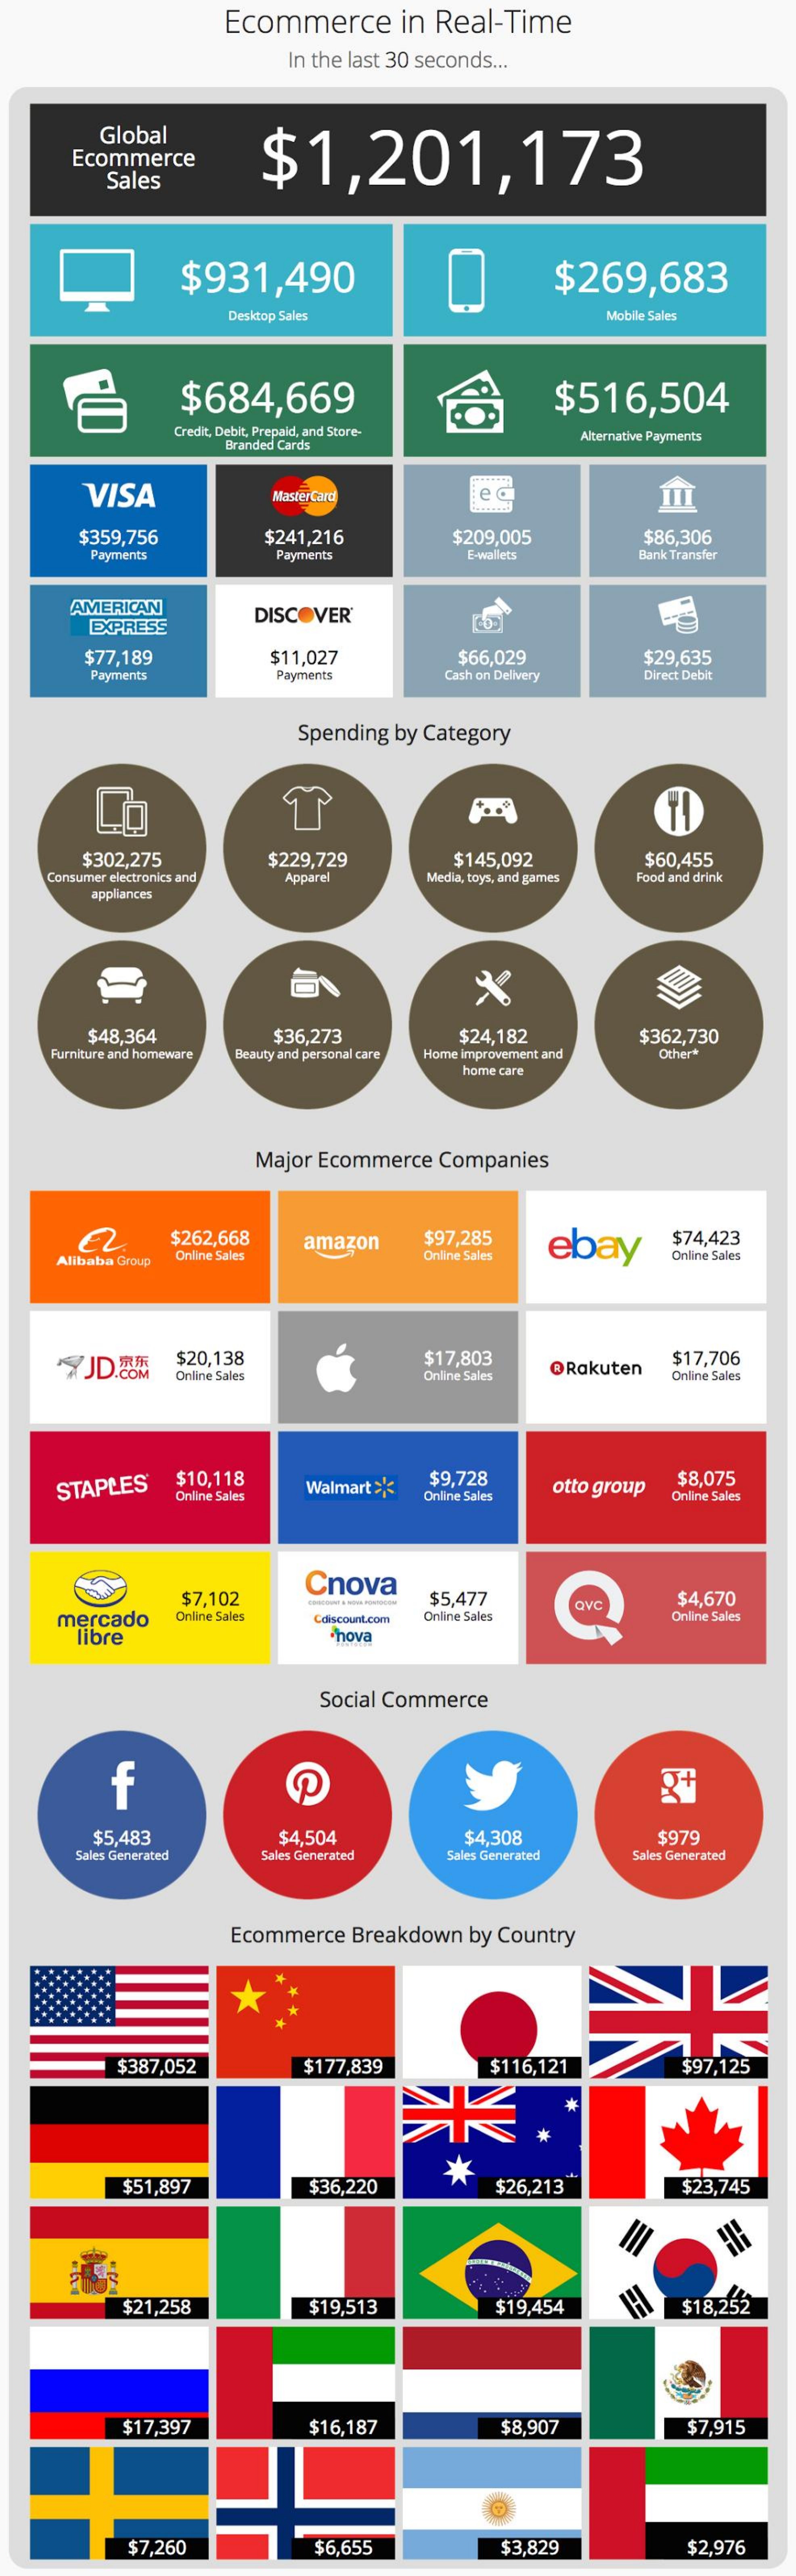
Ecommerce    in Real-Time
     In the last 30 seconds ...
     Global
     $1,201,173 Ecommerce
     Sales
     $931,490    $269,683
     Desktop Sales    Mobile Sales
     $684,669    $516,504
     Credit, Debit, Prepaid, and Store-
     Branded Cards
     Alternative Payments
     VISA    MasterCard    ec
     $359,756    $241,216    $209,005    $86,306
     Payments    Payments    E-wallets    Bank Transfer
     AMERICAN
     EXPRESS
     DISCOVER
     $77,189    $11,027    $66,029    $29,635
     Payments    Payments    Cash on Delivery    Direct Debit
     Spending by Category
     $302,275    $229,729    $145,092    $60,455
     Consumer electronics and Apparel    Media, toys, and games Food and drink
     appliances
     $48,364    $36,273    $24,182    $362,730
     Furniture and homeware Beauty and personal care Home improvement and Other+
     home care
     Major Ecommerce   Companies
     $262,668    amazon    $97,285    ebay    $74,423
     Alibaba Group
     Online Sales    Online Sales    Online Sales
     JD.COM
     $20,138    $17,803
     @Rakuten
     $17,706
     Online Sales    Online Sales    Online Sales
     STAPLES®    $10,118    Walmart ><
     $9,728
     otto group
     $8,075
     Online Sales    Online Sales    Online Sales
     $7,102
     Cnova
     $5,477    avC    $4,670
     mercado    Online Sales  Cdiscount.com Online Sales    Online Sales
     libre    hova
     Social Commerce
     f    R+
     $5.483    $4,504    $4,308    $979
     Sales Generated   Sales Generated    Sales Generated   Sales Generated
     Ecommerce  Breakdown   by Country
     $387,052    $177,839    $116, 121    $97,125
     $51,897    $36,220
     *
     $26,213    $23,745
     $21,258    $19,513    $19,454    $18,252
     $17,397    $16,187    $8,907    $7,915
     $7,260    $6,655    $3,829    $2,976